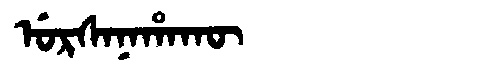
Manchu: ᡠᡵᠰᠠᠨᠠᡥᠠᡴᡡ
Romanization: URSANAHAKŪ